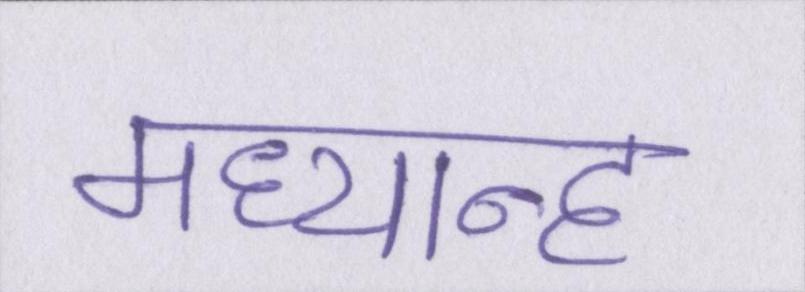
मध्यान्ह